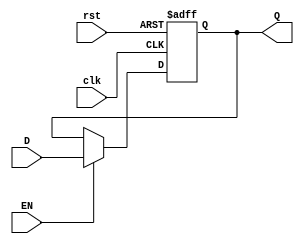
module Gated_D_latch_flip_flop(
  input wire D,
  input wire EN,
  input wire clk,
  input wire rst,
  output reg Q
);

always @(posedge clk, posedge rst)
begin
  if(rst == 1)
    Q <= 0; // Reset the latch output
  else if(EN == 1)
    Q <= D; // Hold the data input value when enable is high
end

endmodule